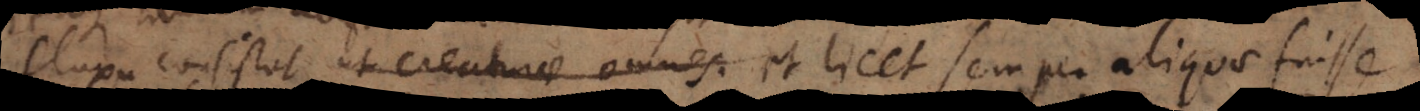
fluxu consistat, ut creaturae omnes et licet semper aliquae fuisse